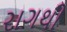
રાગથી